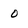
Character: 0